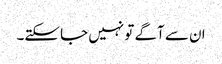
ان سے آگے تو نہیں جا سکتے۔